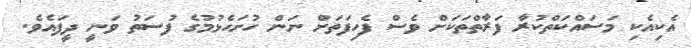
އެކިއެކި މަސައްކަތްކުރާ ފަރާތްތަކަށް ވެސް ފެހިފަތަށް ނަން ހުށަހެޅުމުގެ ފުސަތު ވަނީ ދީފައެވެ.